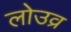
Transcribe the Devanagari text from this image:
लोउव्र